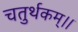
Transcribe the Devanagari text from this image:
चतुर्थकम्।।